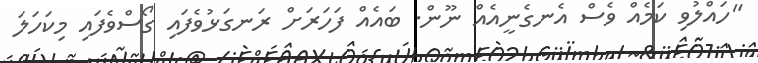
"ހައްލުވި ކަމެއް ވެސް އެނގެނީއެއް ނޫން. ބައެއް ފަހަރަށް ރަނގަޅުވެފައި ގޯސްވެފައި މިކަހަލަ